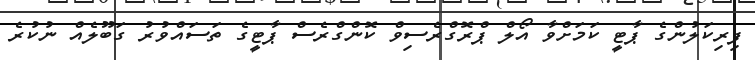
ފިރިކަލުންގެ ޕާޓީ ކަމަށްވާ އޯލް ޕްރޮގްރެސިވް ކޮންގްރެސް ޕާޓީގެ ތަސައްވުރު ގަބޫލެއް ނުކުރެ